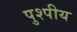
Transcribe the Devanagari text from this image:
पुश्पीय